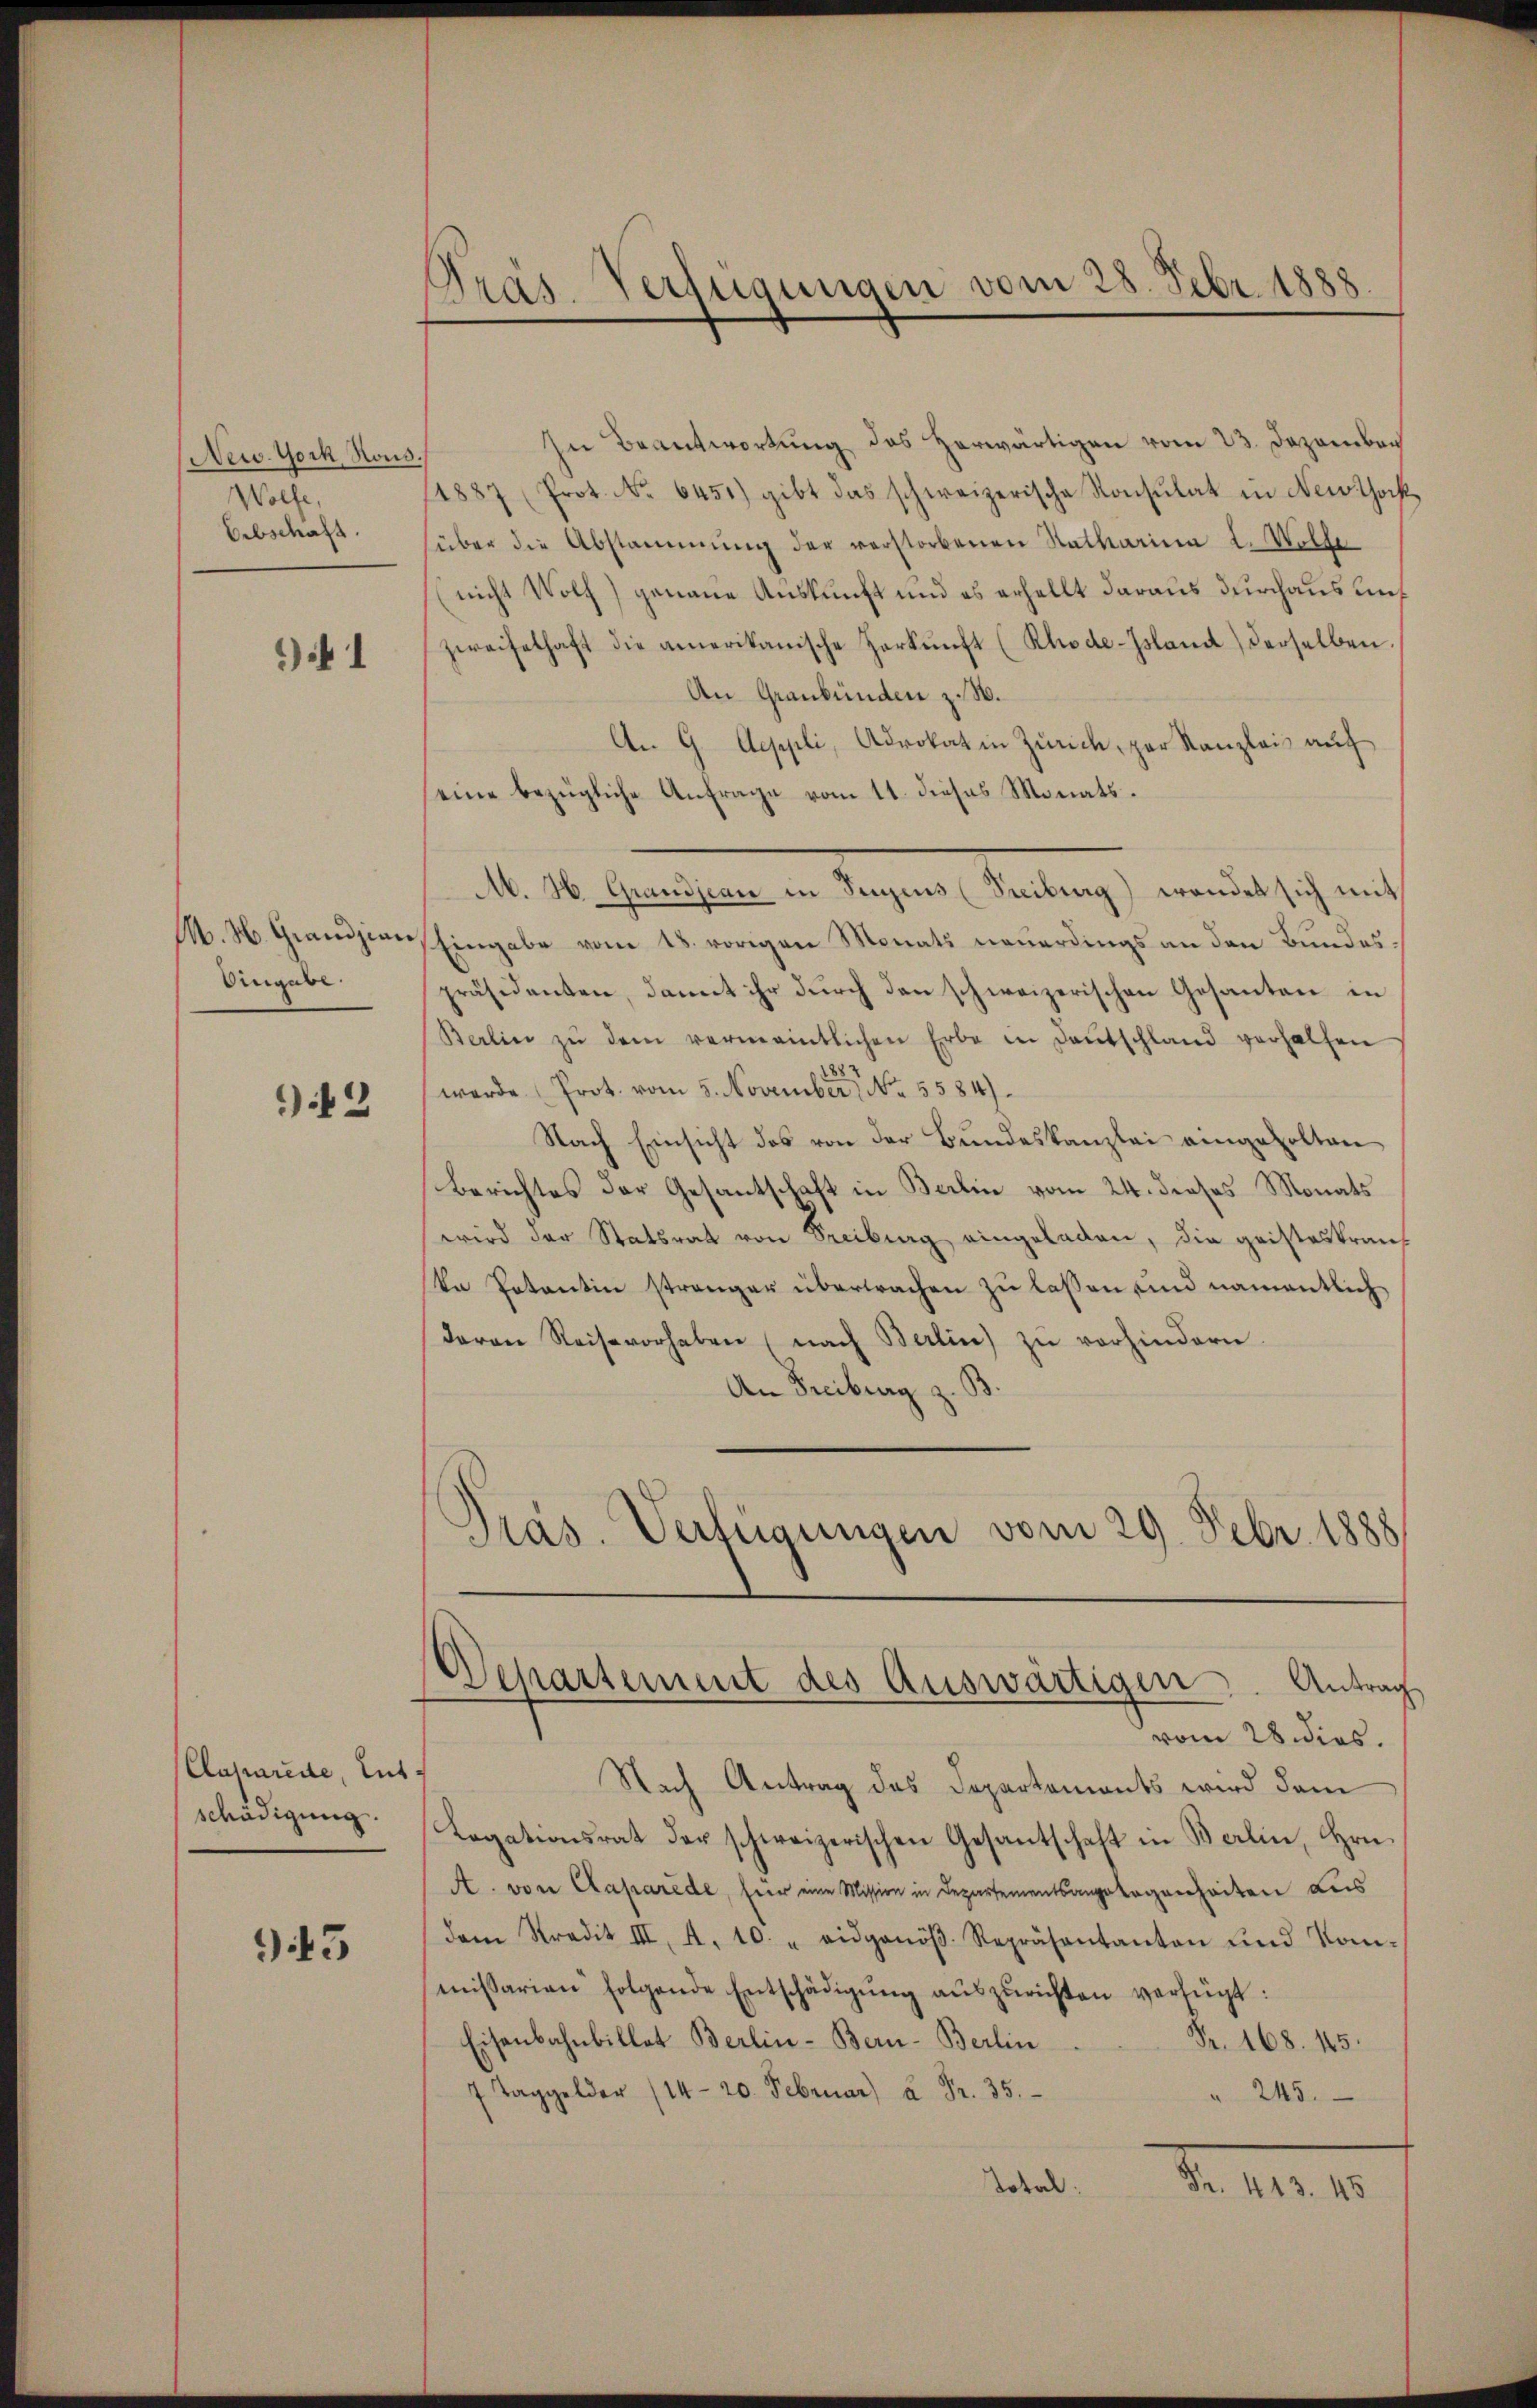
New York, Kons
Wolfe,
Erbschaft.

) 1

M. H. Grandzian
Vngere

2

Caparede, Lut
schädigung.

945

Pras. Verfügungen vom 28. Febr. 1888

In Beantwortung des Herwärtigen vom 23. Dezember
11887 (Prot. No. 6451) gibt das schweizerische Konsulat in Newthock
(über die Abstammung der verstorbenen Ratharina L. Wollenicht Wolf) genaue Auskunft und es erhellt daraus durchaus unf
zweifelhaft die amerikanische Herkŭnft (Rhode-Island) derselben.
An Graubünden z. B.
An 9. Aeppli, Advokat in Zürich, par Kanzlei auf
eine bezügliche Anfrage vom 11. dieses Monats.
M. H. Grandjean in Segens (Freiburg) wendet sich mit
Eingabe vom 18. vorigen Monats neuerdings an den Bundespräsidenten, damit ihr durch den schweizerischen Gesanten in
Berlin zŭ dem vermaintlichen Erbe in Deutschland verhalten
werde Prot. vom 5. November. No. 5584).
Nach Einsicht des von der Bundeskanzlei eingeholten
Berichtes der Gesantschaft in Berlin vom 24. dieses Monats
wird der Statsrat von Seeibrag eingeladen, die geisteskranz
ka Potantin strenger überwachen zu lassen und namentlich
daran Reise vorhaben (nach Berlin zŭ vorhindern.
An Freiburg z. B.
d
Pras. Verfügungen vom 29. Febr. 1888
Departement des Auswärtigen, Antrag
vom 28. dies.
Nach Antrag des Departements wird dem
Legationsrat der schweizerischen Gesantschaft in Berlin, Hrn.
A. von Caparede, für eine Mission in Departementsangelegenheiten Leis
dem Stradit III. A. 10. " eidgenöβ. Repräsentanten und Kom-
missarian folgende Entschädigŭng aŭszŭrichten verfügt:
Eisenbahnbillet Berlin-Bern-Berlin
Fr. 168. 145.
7 Taggelder (14-20. Februar) à Fr. 35.
 245.
Tobak
N. 11.